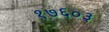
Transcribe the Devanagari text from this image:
१७६०३